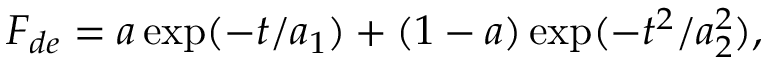
F _ { d e } = a \exp ( - t / a _ { 1 } ) + ( 1 - a ) \exp ( - t ^ { 2 } / a _ { 2 } ^ { 2 } ) ,